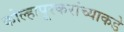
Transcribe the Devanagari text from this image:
कोल्हापूरकरांच्याकडे